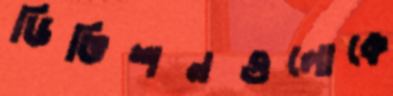
ডিভিশনগুলোকে